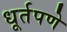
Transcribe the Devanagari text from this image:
धूर्तपणे